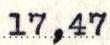
17,47